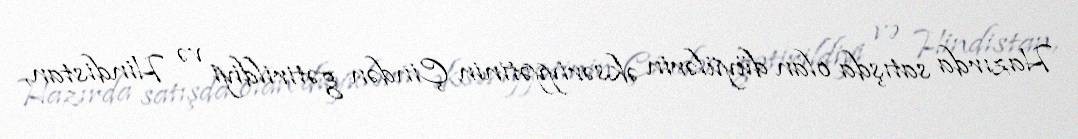
Hazırda satışda olan düyülərin əksəriyyətinin Çindən gətirildiyi və Hindistan,